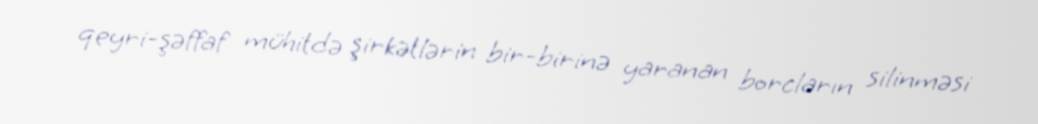
qeyri-şəffaf mühitdə şirkətlərin bir-birinə yaranan borcların silinməsi